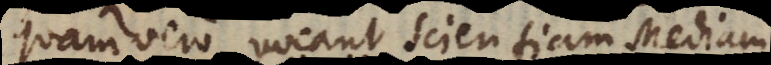
Quam vero vocant Scientiam Mediam